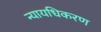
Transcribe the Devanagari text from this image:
न्‍यायधिकरण